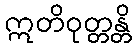
ဣတိဝုတ္တန္တိ